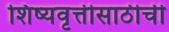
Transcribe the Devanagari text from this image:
शिष्यवृत्तीसाठीची